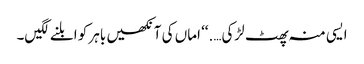
ایسی منہ پھٹ لڑکی….‘‘ اماں کی آنکھیں باہر کو ابلنے لگیں۔